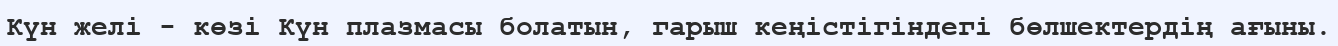
Күн желі - көзі Күн плазмасы болатын, гарыш кеңістігіндегі бөлшектердің ағыны.